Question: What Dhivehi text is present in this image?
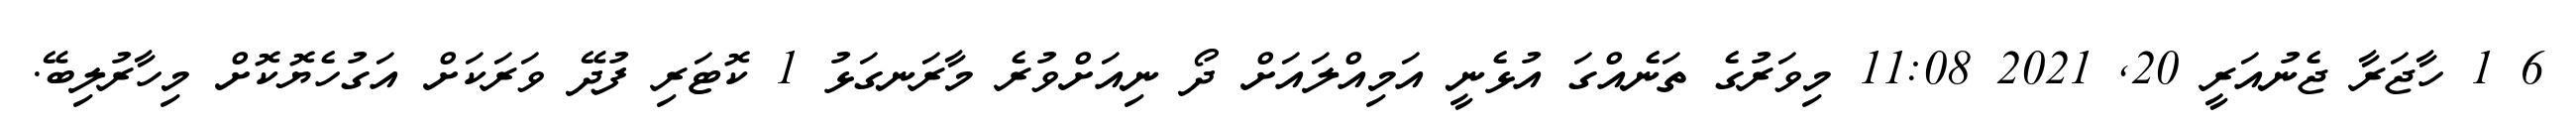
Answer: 6 1 ހާޖަރާ ޖެނުއަރީ 20, 2021 11:08 މިވަރުގެ ތަނެއްގަ އުޅެނީ އަމިއްލައަށް ދޯ ނިއަށްވުރެ މާރަނގަޅު 1 ކޮޓަރި ފުދޭ ވަރަކަށް އަގުހެޔޮކޮށް މިހާރުލިބޭ.